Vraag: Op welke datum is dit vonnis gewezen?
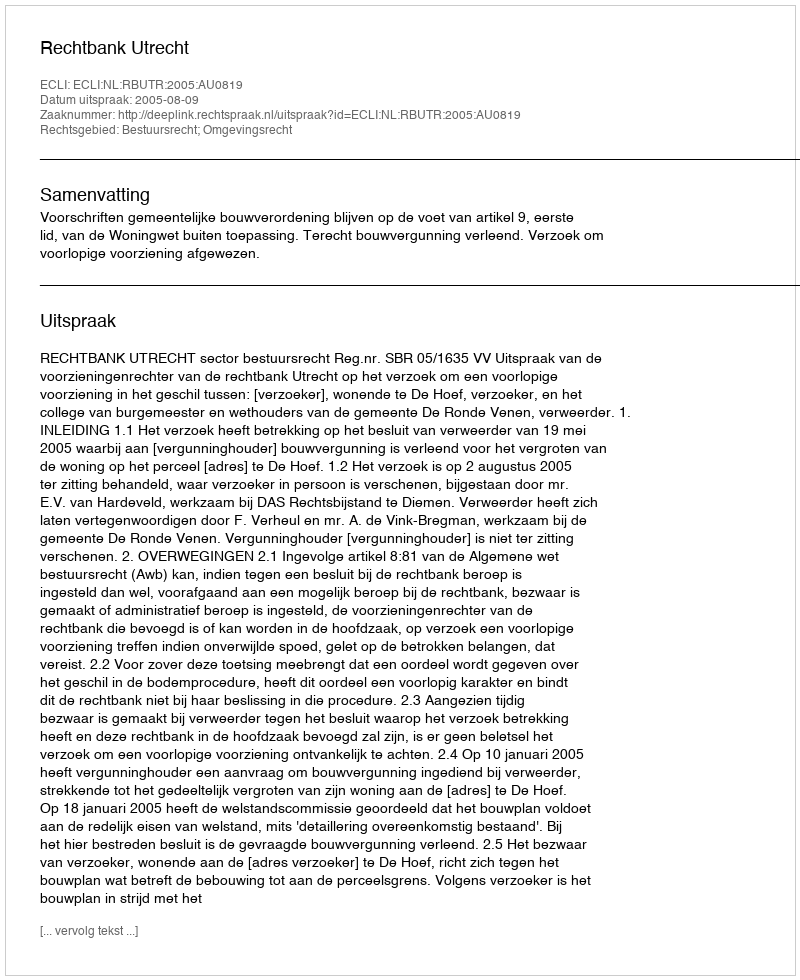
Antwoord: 2005-08-09